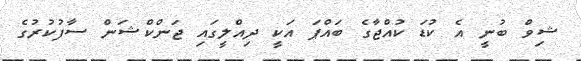
ޝިވް ބުނީ އެ ކުޑަ ކުއްޖާގެ ބައްޕަ އަކީ ދިއްލީގައި ޖަންކްޝަން ސާފުކުރުގެ